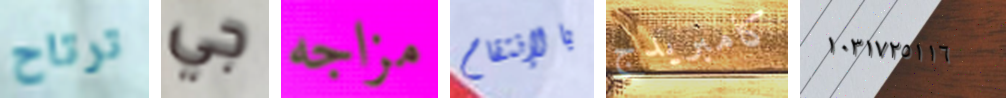
ترتاح جي مزاجه بالإنتقام كامبريدج ١٠٣١٧٢٥١١٦